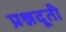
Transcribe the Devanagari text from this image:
प्रश्नदूती